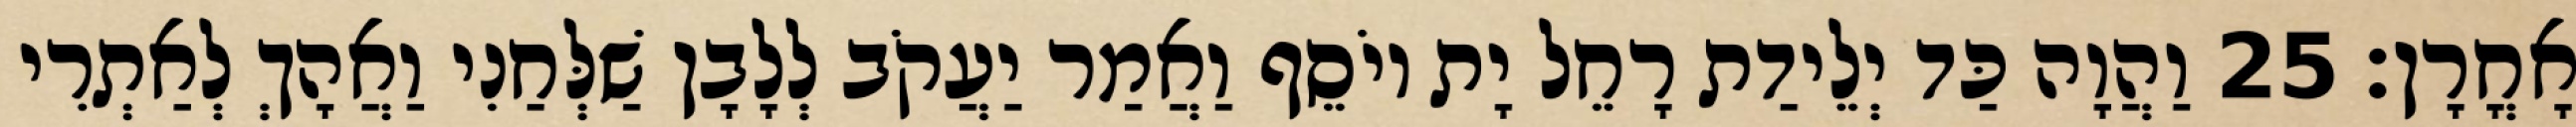
אָחֳרָן׃ 25 וַהֲוָה כַּד יְלֵידַת רָחֵל יָת יוֹסֵף וַאֲמַר יַעֲקֹב לְלָבָן שַׁלְּחַנִי וַאֲהָךְ לְאַתְרִי